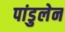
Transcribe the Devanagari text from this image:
पांडुलेन